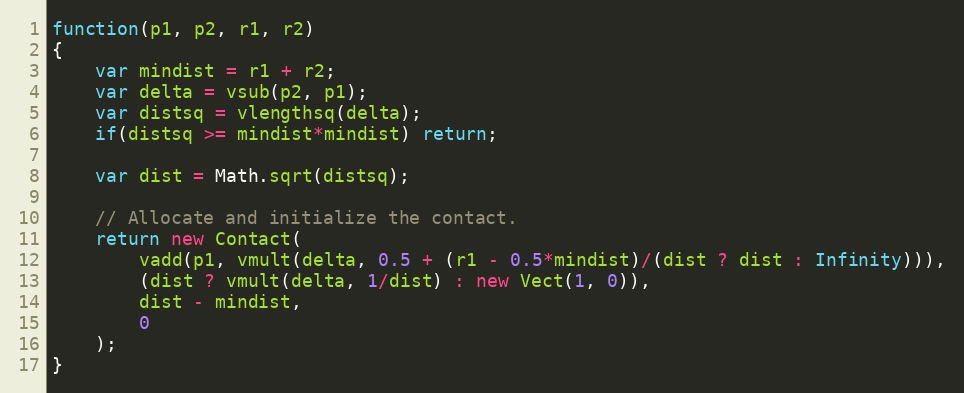
Language: JavaScript
function(p1, p2, r1, r2)
{
    var mindist = r1 + r2;
    var delta = vsub(p2, p1);
    var distsq = vlengthsq(delta);
    if(distsq >= mindist*mindist) return;

    var dist = Math.sqrt(distsq);

    // Allocate and initialize the contact.
    return new Contact(
        vadd(p1, vmult(delta, 0.5 + (r1 - 0.5*mindist)/(dist ? dist : Infinity))),
        (dist ? vmult(delta, 1/dist) : new Vect(1, 0)),
        dist - mindist,
        0
    );
}